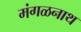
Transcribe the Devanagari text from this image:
मंगळनाथ